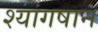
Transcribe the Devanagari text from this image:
श्यांगषान